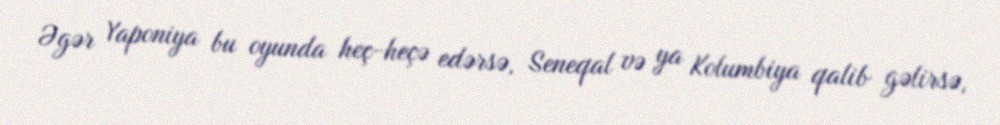
Əgər Yaponiya bu oyunda heç-heçə edərsə, Seneqal və ya Kolumbiya qalib gəlirsə,